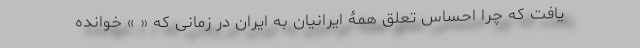
یافت که چرا احساس تعلق همۀ ایرانیان به ایران در زمانی که « » خوانده